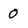
Character: O